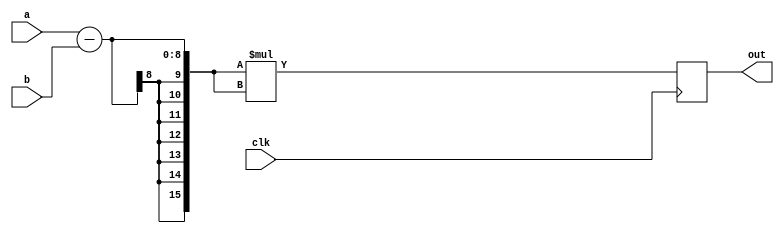
`timescale 1ps / 1fs
//////////////////////////////////////////////////////////////////////////////////
// Company: 
// Engineer: 
// 
// Design Name: 
// Module Name: psnr
// Project Name: 
// Target Devices: 
// Tool Versions: 
// Description: 
// 
// Dependencies: 
// 
// Revision:
// Revision 0.01 - File Created
// Additional Comments:
// 
//////////////////////////////////////////////////////////////////////////////////


module psnr(a,b,out,clk);
    input [7:0] a,b;
    input clk;
    output reg [15:0] out;  
    always@(posedge clk) begin
        out = (a-b)*(a-b);
    end
endmodule